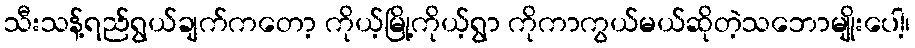
သီးသန့်ရည်ရွယ်ချက်ကတော့ ကိုယ့်မြို့ကိုယ့်ရွာ ကိုကာကွယ်မယ်ဆိုတဲ့သဘောမျိုးပေါ့၊